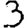
Digit: 3